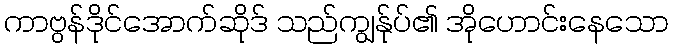
ကာဗွန်ဒိုင်အောက်ဆိုဒ် သည်ကျွန်ုပ်၏ အိုဟောင်းနေသော